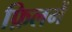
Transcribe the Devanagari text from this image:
फ़िलमें